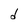
Character: d